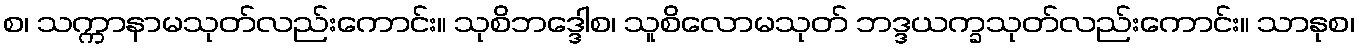
စ၊ သက္ကာနာမသုတ်လည်းကောင်း။ သုစိဘဒ္ဒေါစ၊ သူစိလောမသုတ် ဘဒ္ဒယက္ခသုတ်လည်းကောင်း။ သာနုစ၊